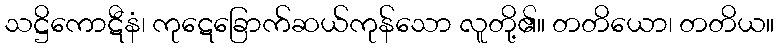
သဋ္ဌိကောဋီနံ၊ ကုဋေခြောက်ဆယ်ကုန်သော လူတို့၏။ တတိယော၊ တတိယ။